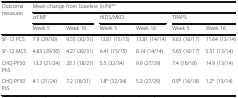
<table><thead><tr><td rowspan="3"><b>Outcome measures</b></td><td colspan="6"><b>Mean change from baseline (n/N)<sup>a,c</sup></b></td></tr><tr><td colspan="2"><b>crFMF</b></td><td colspan="2"><b>HIDS/MKD</b></td><td colspan="2"><b>TRAPS</b></td></tr><tr><td><b>Week 5</b></td><td><b>Week 16</b></td><td><b>Week 5</b></td><td><b>Week 16</b></td><td><b>Week 5</b></td><td><b>Week 16</b></td></tr></thead><tbody><tr><td>SF-12 PCS</td><td>7.9 (29/30)</td><td>9.55 (30/31)</td><td>13.81 (15/15)</td><td>13.81 (14/14)</td><td>9.63 (16/17)</td><td>11.64 (13/14)</td></tr><tr><td>SF-12 MCS</td><td>4.83 (29/30)</td><td>4.27 (30/31)</td><td>6.41 (15/15)</td><td>8.14 (14/14)</td><td>5.65 (16/17)</td><td>5.51 (13/14)</td></tr><tr><td>CHQ-PF50 PhS</td><td>13.2 (21/24)</td><td>20.1 (18/21)</td><td>5.5 (32/34)</td><td>9.9 (27/29)</td><td>7.4 (16/18)</td><td>14.9 (13/14)</td></tr><tr><td>CHQ-PF50 PsS</td><td>4.1 (21/24)</td><td>7.2 (18/21)</td><td>1.8<sup>b</sup> (32/34)</td><td>5.2 (27/29)</td><td>0.9<sup>b</sup> (16/18)</td><td>1.2<sup>b</sup> (13/14)</td></tr></tbody></table>